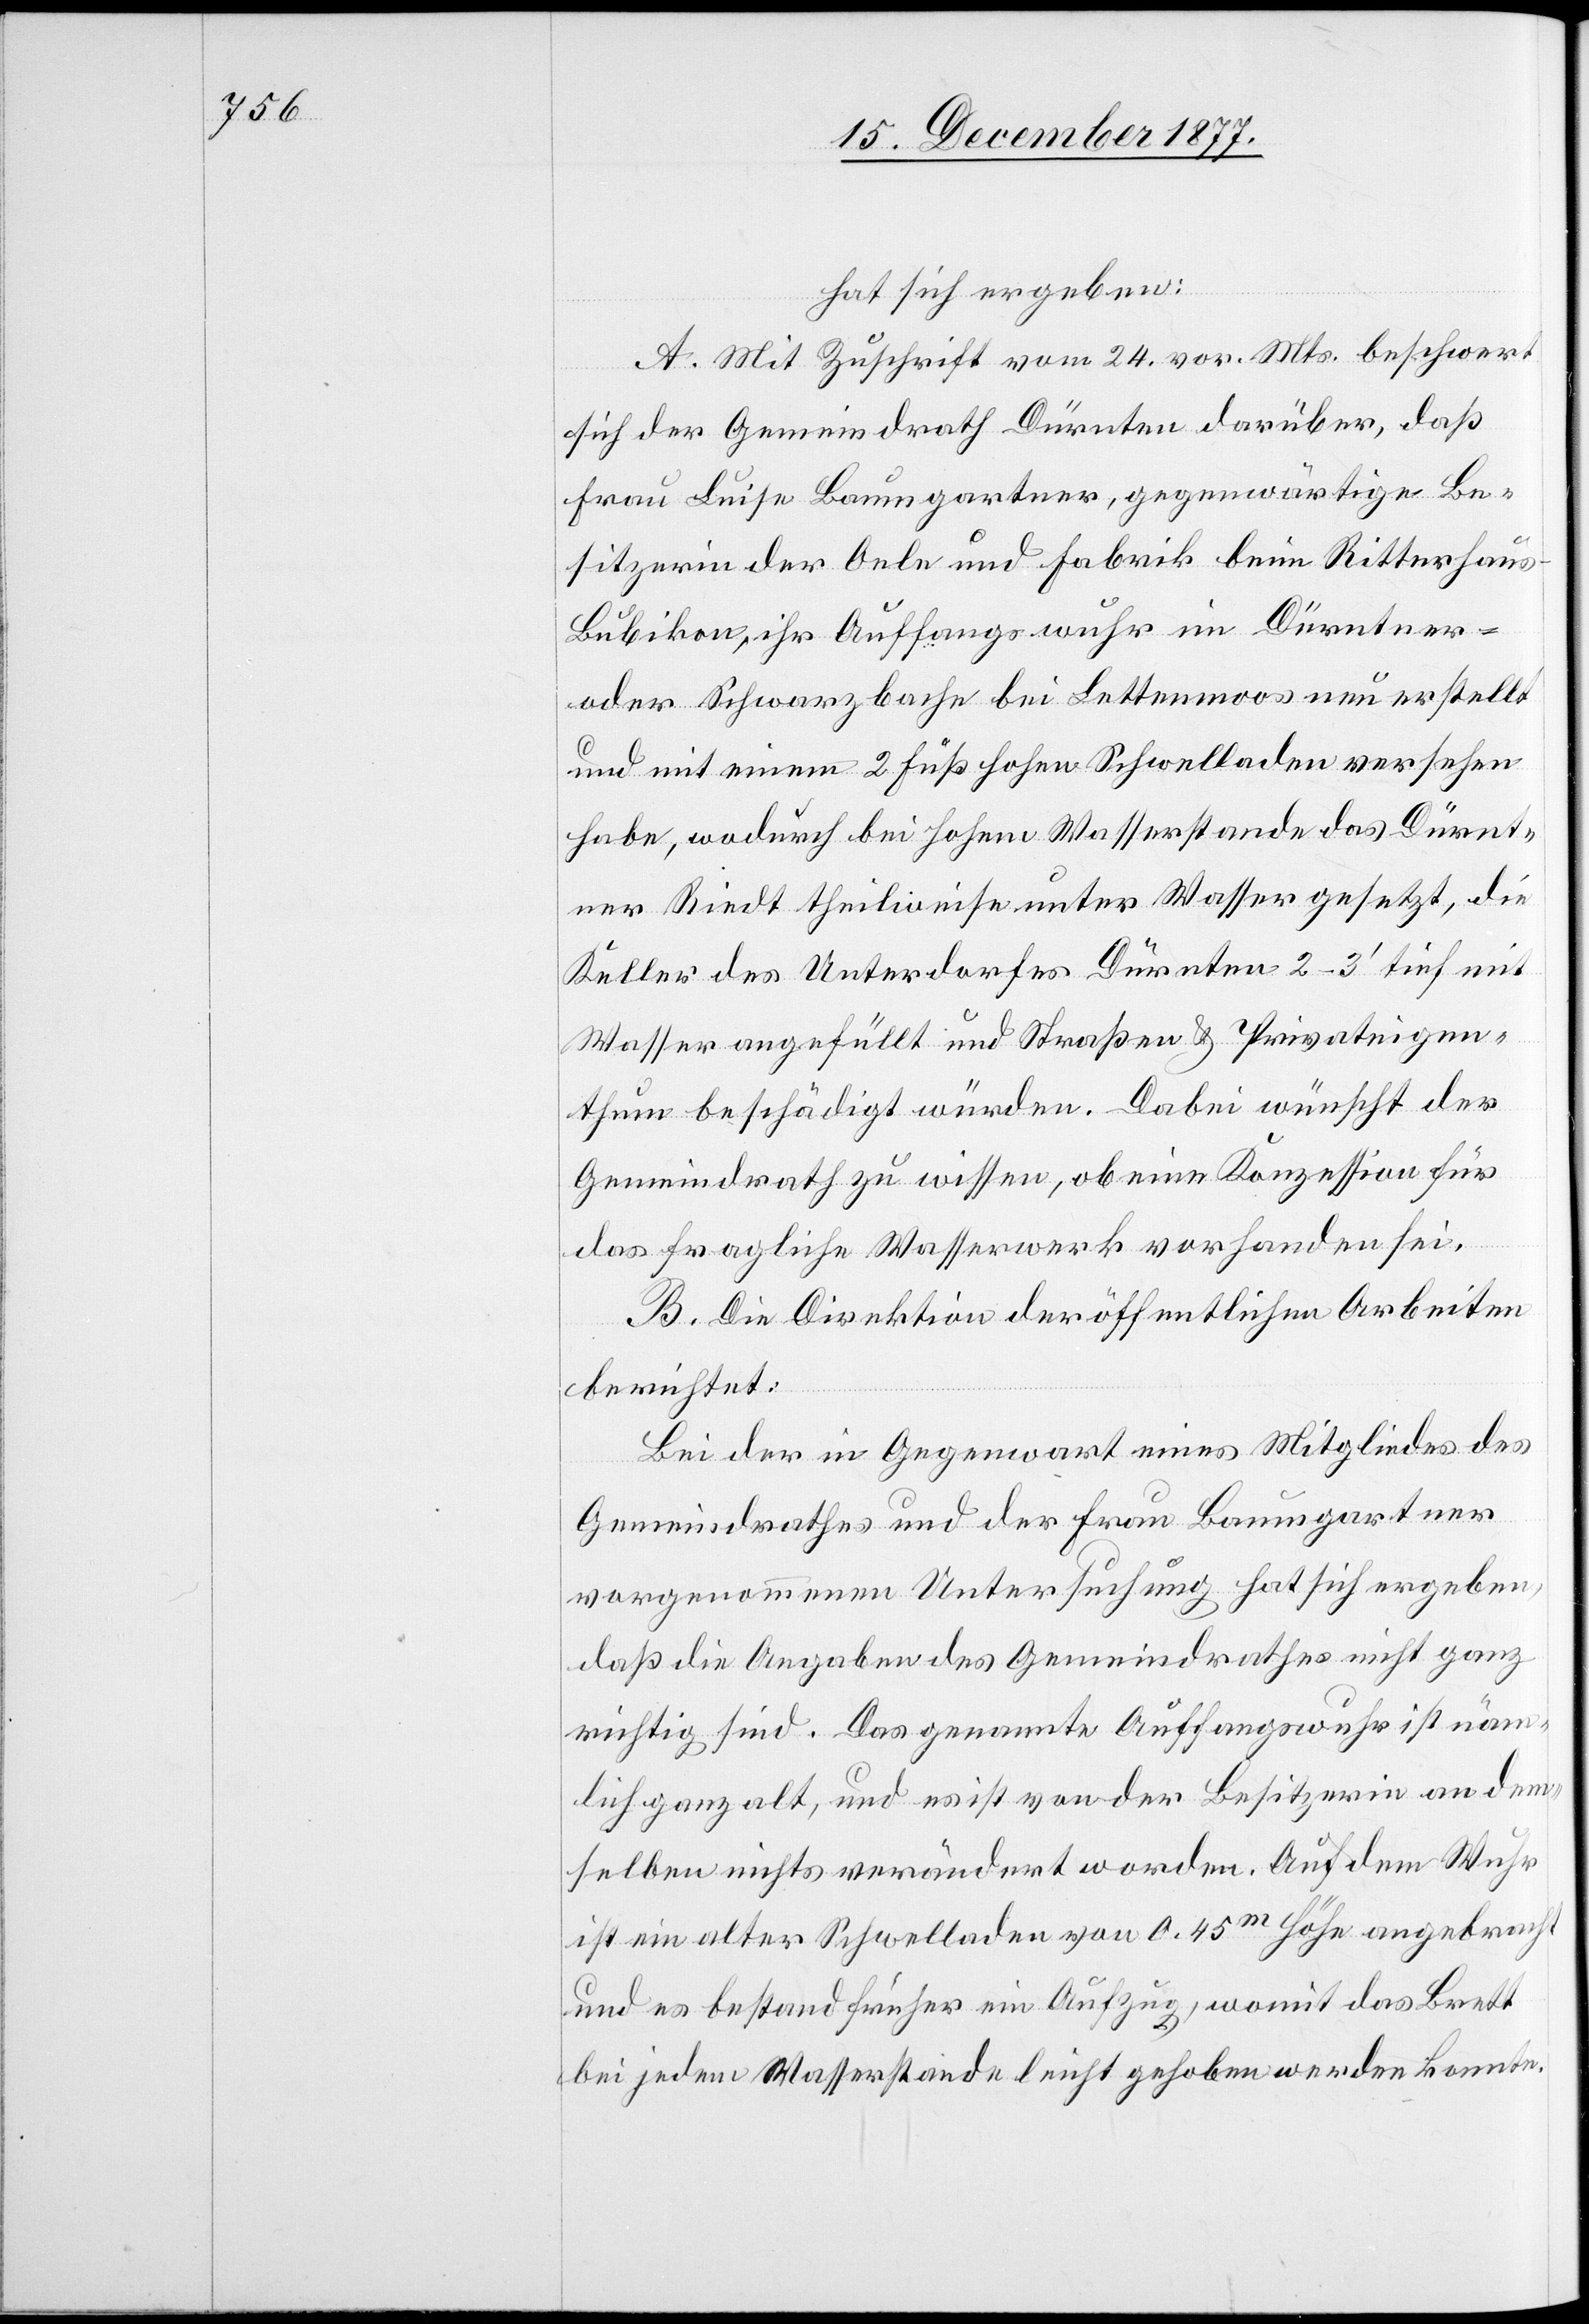
hat sich ergeben:
A. Mit Zuschrift vom 24. vor. Mts. beschwert
sich der Gemeindrath Dürnten darüber, daß
Frau Luise Baumgartner, gegenwärtige Be¬
sitzerin der Oele und Fabrik beim Ritterhaus
Bubikon, ihr Auffangswuhr im Dürntner-
oder Schwarzbache bei Lettenmoos neu erstellt
und mit einem 2 Fuß hohen Schwelladen versehen
habe, wodurch bei hohem Wasserstande das Dürnt¬
ner Riedt theilweise unter Wasser gesetzt, die
Keller des Unterdorfes Dürnten 2–3‘ tief mit
Wasser angefüllt und Straßen & Privateigen¬
thum beschädigt würden. Dabei wünscht der
Gemeindrath zu wissen, ob eine Konzession für
das fragliche Wasserwerk vorhanden sei.
B. Die Direktion der öffentlichen Arbeiten
berichtet:
Bei der in Gegenwart eines Mitgliedes des
Gemeindrathes und der Frau Baumgartner
vorgenommenen Untersuchung hat sich ergeben,
daß die Angaben des Gemeindrathes nicht ganz
richtig sind. Das genannte Auffangswuhr ist näm¬
lich ganz alt, und es ist von der Besitzerin an dem¬
selben nichts verändert worden. Auf dem Wuhr
ist ein alter Schwelladen von 0.45m Höhe angebracht
und es bestand früher ein Aufzug, womit das Brett
bei jedem Wasserstande leicht gehoben werden konnte.